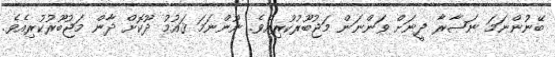
ބޭނުންނަމަ ނަޞާރާ ދީނަށް ވަންނަން މަޖުބޫރުކުރިއެވެ. ނޫންނަމަ ޤައުމު ދޫކޮށް ދާން މަޖުބޫރުކުރިއެވެ.